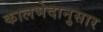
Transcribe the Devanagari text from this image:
कालभेदानुसार